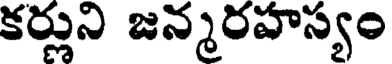
కర్లుని జన్మరహస్యం